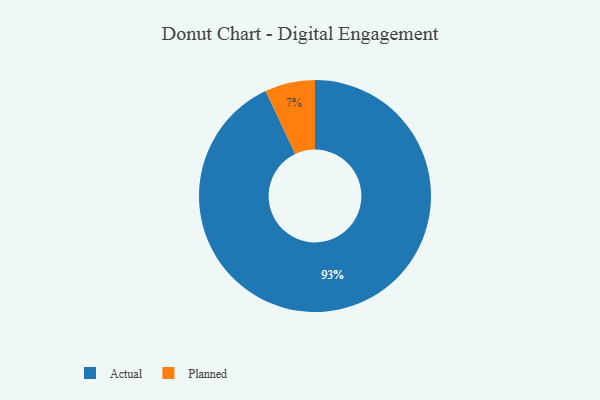
{"axis": {"x": "Category", "y": "Percentage"}, "legend": ["Actual", "Planned"], "data": [{"x": "Actual", "y": 93, "type": "Actual"}, {"x": "Planned", "y": 7, "type": "Planned"}]}